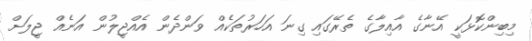
މިބިންކޮޅަކީ އޭނާގެ އާއިލާގެ ތެރޭގައި ގިނަ އަހަރުތަކެއް ވަންދެން އެއްޖީލުން އަނެއް ޖީލަށް